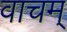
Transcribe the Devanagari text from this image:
वाचम्